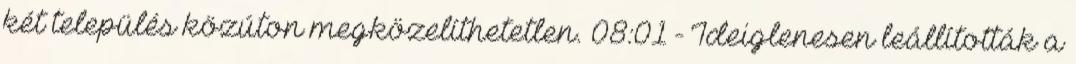
két település közúton megközelíthetetlen. 08:01 - Ideiglenesen leállították a